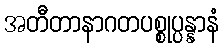
အတီတာနာဂတပစ္စုပ္ပန္နာနံ